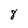
Character: 8